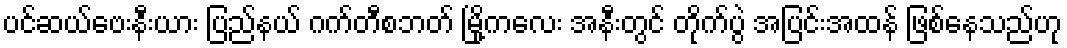
ပင်ဆယ်ဗေးနီးယား ပြည်နယ် ဂက်တီစဘတ် မြို့ကလေး အနီးတွင် တိုက်ပွဲ အပြင်းအထန် ဖြစ်နေသည်ဟု